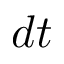
d t